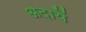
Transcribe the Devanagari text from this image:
अदायें